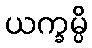
ယက္ခမ္ပိ